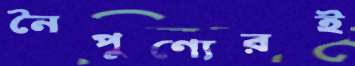
নৈপুণ্যেরই